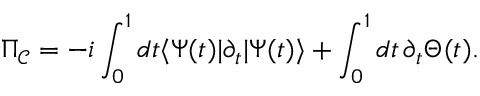
\Pi _ { { \mathcal { C } } } = - i \int _ { 0 } ^ { 1 } d t \langle \Psi ( t ) \vert \partial _ { t } \vert \Psi ( t ) \rangle + \int _ { 0 } ^ { 1 } d t \, \partial _ { t } \Theta ( t ) .